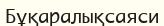
Бұқаралықсаяси